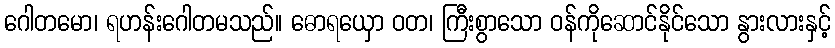
ဂေါတမော၊ ရဟန်းဂေါတမသည်။ ဓောရယှော ဝတ၊ ကြီးစွာသော ဝန်ကိုဆောင်နိုင်သော နွားလားနှင့်